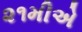
૨૧મીએ